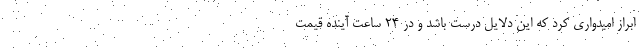
ابراز امیدواری کرد که این دلایل درست باشد و در ۲۴ ساعت آینده قیمت